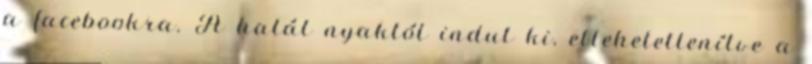
a facebookra. A halál nyaktól indul ki, ellehetetlenítve a